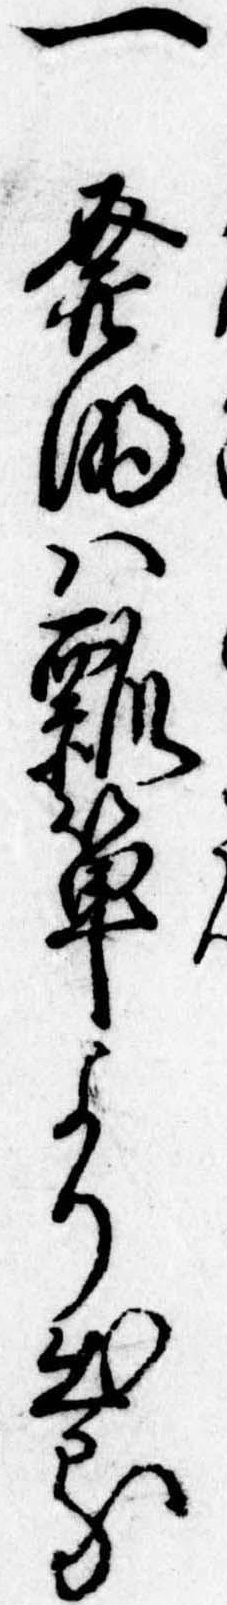
一発明は瓢箪より出る